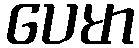
ပေမာ